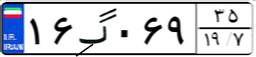
۲۰گ۹۱۵۳۸